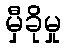
မှီခိုမှု